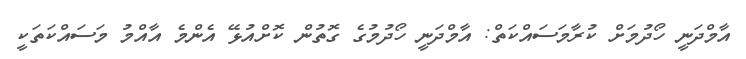
އާމްދަނީ ހޯދުމަށް ކުރާމަސައްކަތް: އާމްދަނީ ހޯދުމުގެ ގޮތުން ކޮށްއުޅޭ އެންމެ އާއްމު މަސައްކަތަކީ